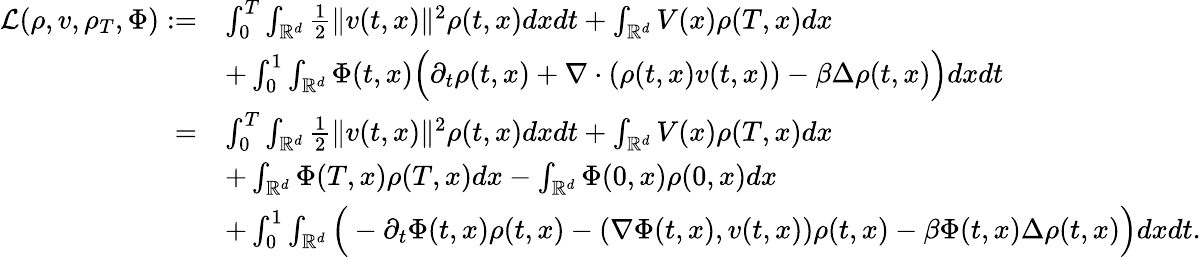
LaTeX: \begin{array}{rl}{\mathcal{L}(\rho,v,\rho_{T},\Phi):=}&{\int_{0}^{T}\int_{\mathbb{R}^{d}}\frac{1}{2}\| v(t,x)\| ^{2}\rho(t,x)dxdt+\int_{\mathbb{R}^{d}}V(x)\rho(T,x)dx}\\ &{+\int_{0}^{1}\int_{\mathbb{R}^{d}}\Phi(t,x)\Big(\partial_{t}\rho(t,x)+\nabla\cdot(\rho(t,x)v(t,x))-\beta\Delta\rho(t,x)\Big)dxdt}\\ {=}&{\int_{0}^{T}\int_{\mathbb{R}^{d}}\frac{1}{2}\| v(t,x)\| ^{2}\rho(t,x)dxdt+\int_{\mathbb{R}^{d}}V(x)\rho(T,x)dx}\\ &{+\int_{\mathbb{R}^{d}}\Phi(T,x)\rho(T,x)dx-\int_{\mathbb{R}^{d}}\Phi(0,x)\rho(0,x)dx}\\ &{+\int_{0}^{1}\int_{\mathbb{R}^{d}}\Big(-\partial_{t}\Phi(t,x)\rho(t,x)-(\nabla\Phi(t,x),v(t,x))\rho(t,x)-\beta\Phi(t,x)\Delta\rho(t,x)\Big)dxdt.}\end{array}